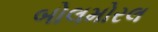
બોલમોરલ